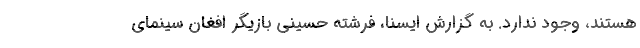
هستند، وجود ندارد. به گزارش ایسنا، فرشته حسینی بازیگر افغان سینمای